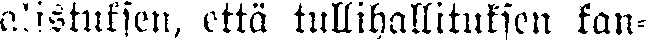
alistuksen, että tullihallituksen kan-